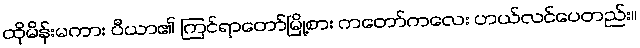
ထိုမိန်းမကား ပီယာ၏ ကြင်ရာတော်မြို့စား ကတော်ကလေး ဟယ်လင်ပေတည်း။